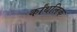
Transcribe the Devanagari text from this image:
र्कांथलिक